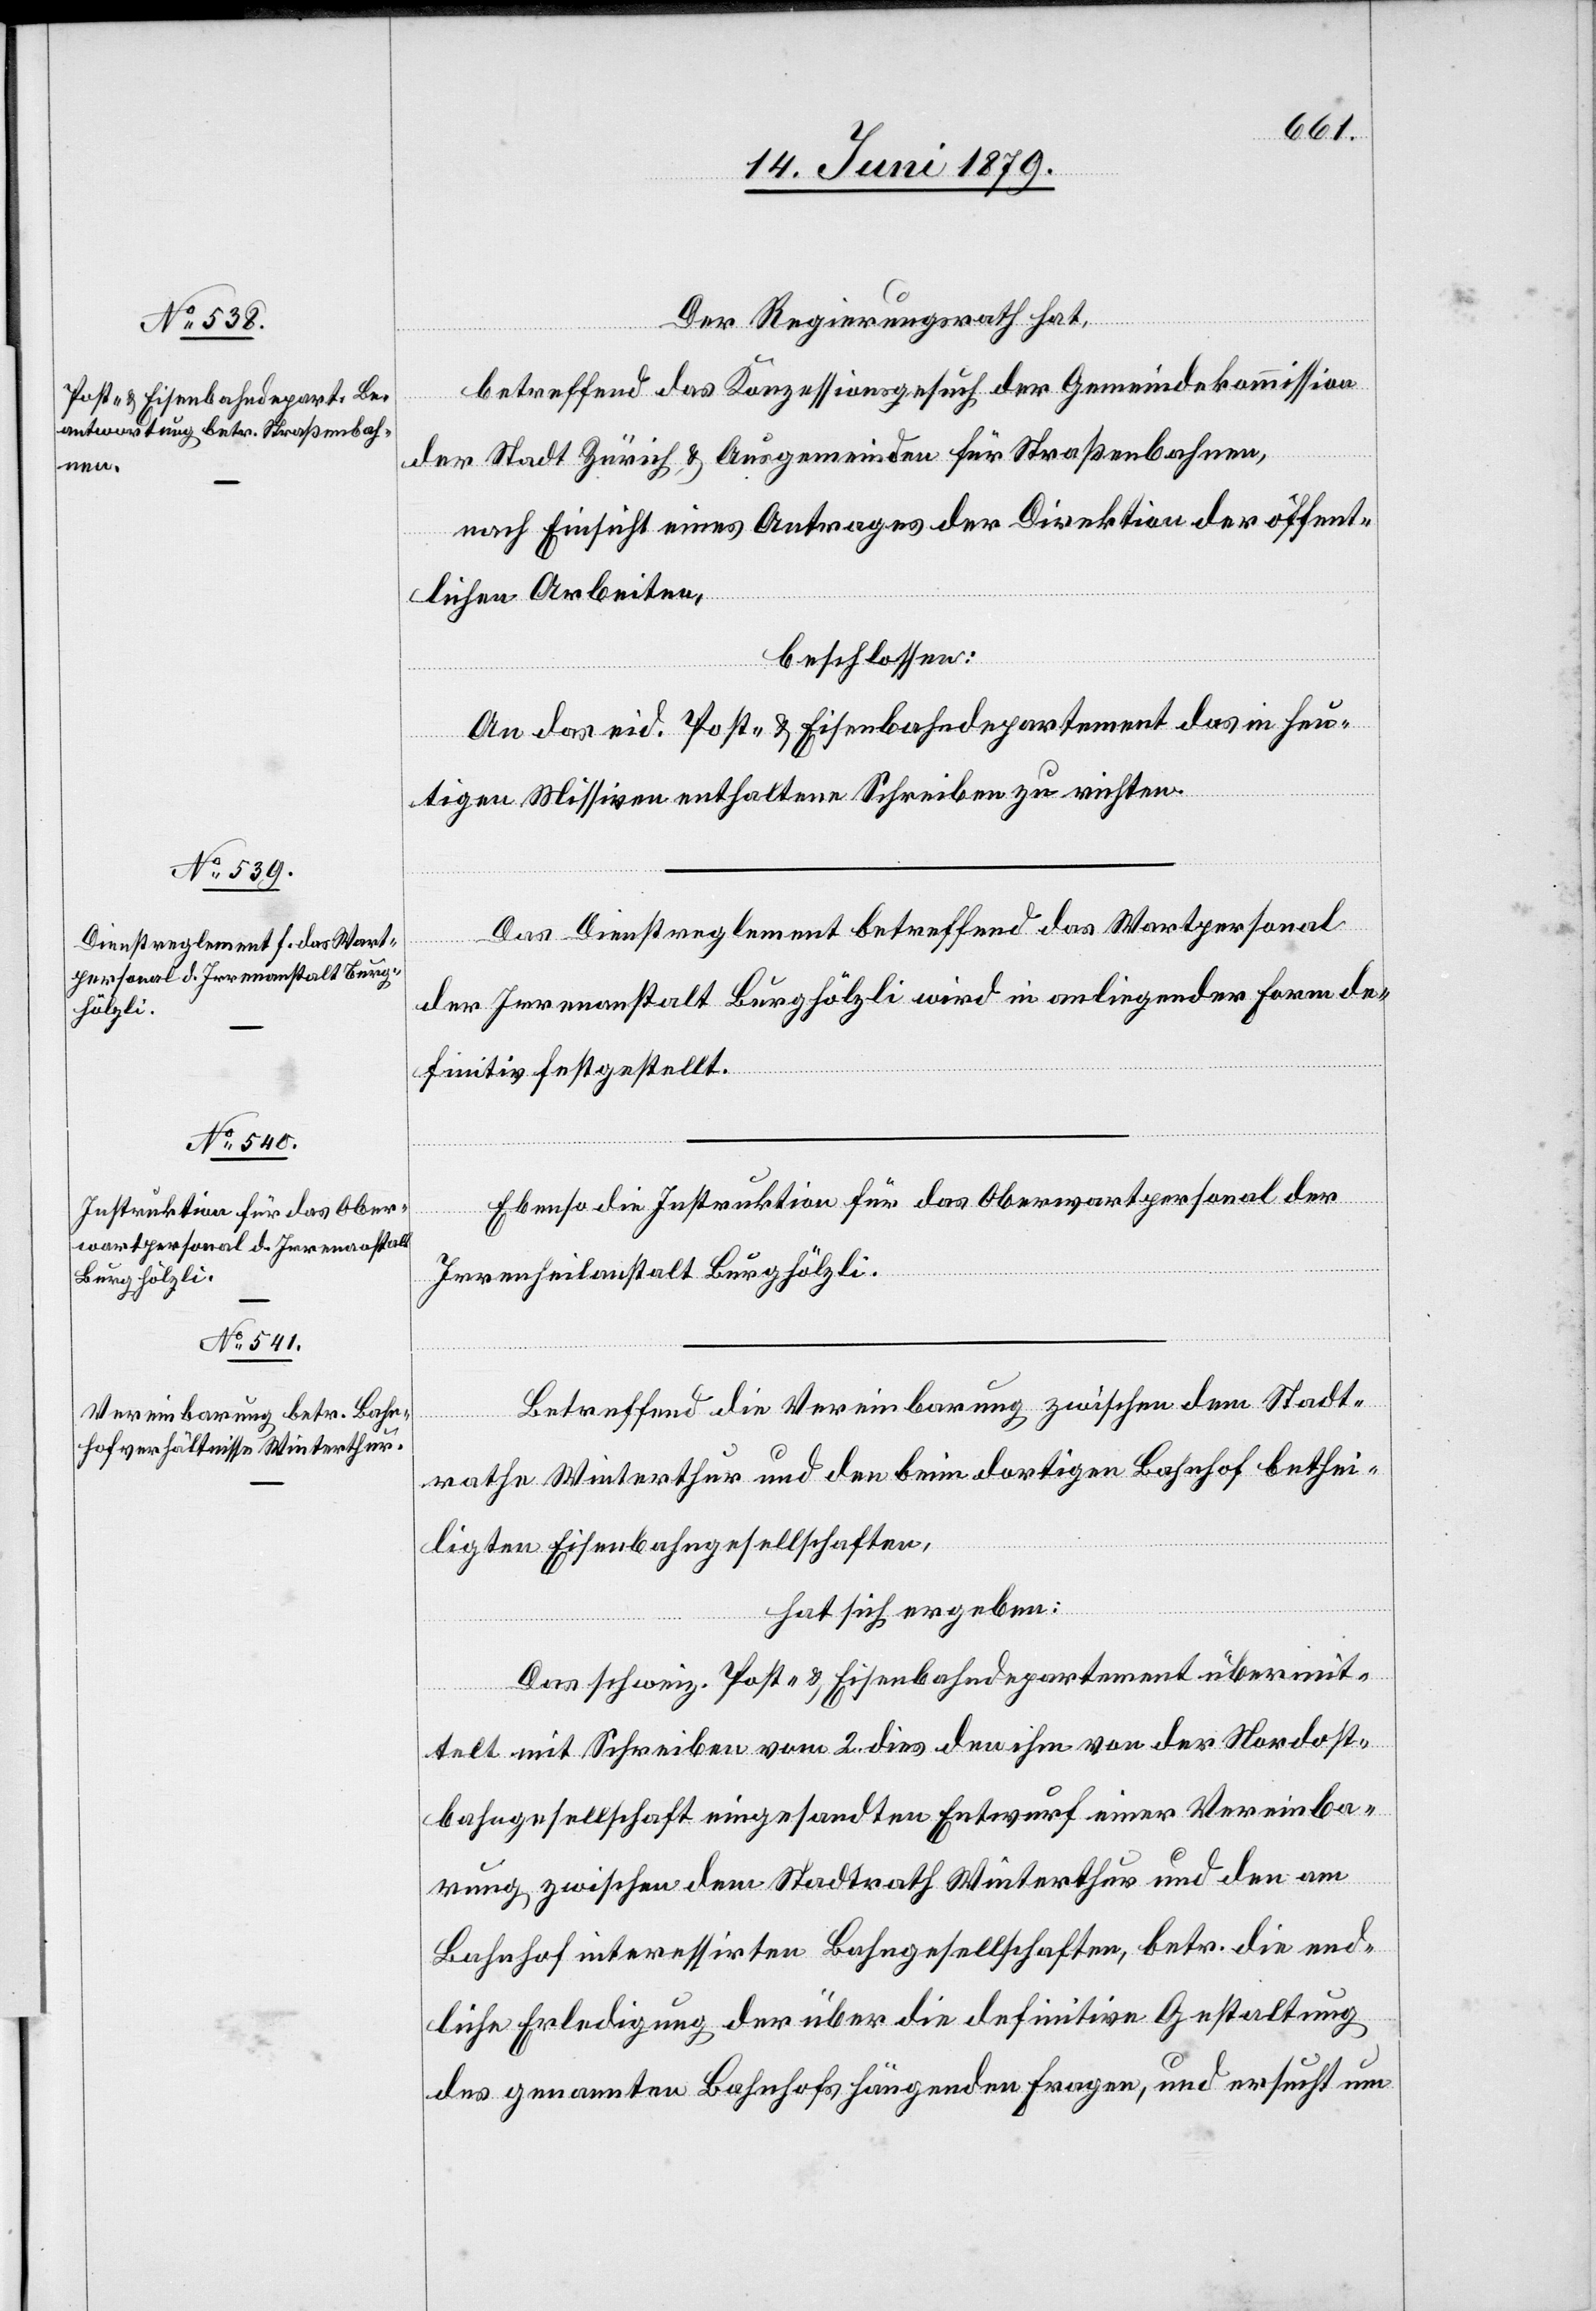
Der Regierungsrath hat,
betreffend das Konzessionsgesuch der Gemeindekommission
der Stadt Zürich & Ausgemeinden für Straßenbahnen,
nach Einsicht eines Antrages der Direktion der öffent¬
lichen Arbeiten,
beschlossen:
An das eid. Post- & Eisenbahndepartement das in heu¬
tigen Missiven enthaltene Schreiben zu richten.
Das Dienstreglement betreffend das Wartpersonal
der Irrenanstalt Burghölzli wird in anliegender Form de¬
finitiv festgestellt.
Ebenso die Instruktion für das Oberwartpersonal der
Irrenheilanstalt Burghölzli.
Betreffend die Vereinbarung zwischen dem Stadt¬
rathe Winterthur und den beim dortigen Bahnhof bethei¬
ligten Eisenbahngesellschaften,
hat sich ergeben:
Das schweiz. Post- & Eisenbahndepartement übermit¬
telt mit Schreiben vom 2. dies den ihm von der Nordost¬
bahngesellschaft eingesandten Entwurf einer Vereinba¬
rung zwischen dem Stadtrath Winterthur und den am
Bahnhof interessirten Bahngesellschaften, betr. die end¬
liche Erledigung der über die definitive Gestaltung
des genannten Bahnhofs hängenden Fragen, und ersucht um